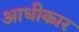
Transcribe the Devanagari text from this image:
आधीकार